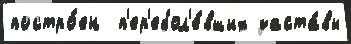
постро́ен  п'ер'ебол'е́вших заста́вы